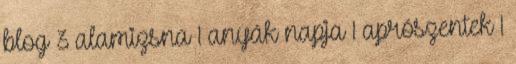
blog 3 alamizsna 1 anyák napja 1 aprószentek 1